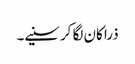
ذرا کان لگا کر سنیے۔